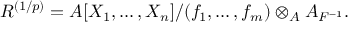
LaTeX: R ^ { ( 1 / p ) } = A [ X _ { 1 } , \ldots , X _ { n } ] / ( f _ { 1 } , \ldots , f _ { m } ) \otimes _ { A } A _ { F ^ { - 1 } } .